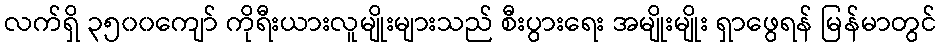
လက်ရှိ ၃၅၀၀ကျော် ကိုရီးယားလူမျိုးများသည် စီးပွားရေး အမျိုးမျိုး ရှာဖွေရန် မြန်မာတွင်